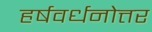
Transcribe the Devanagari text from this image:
हर्षवर्धनोत्तर